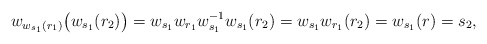
\begin{align*} w_{w_{s_1}(r_1)}\big(w_{s_1}(r_2)\big)=w_{s_1}w_{r_1}w_{s_1}^{-1}w_{s_1}(r_2)=w_{s_1}w_{r_1}(r_2)=w_{s_1}(r)=s_2,\end{align*}